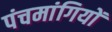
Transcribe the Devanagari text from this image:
पंचमांगियों